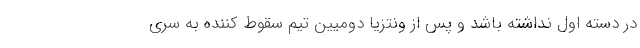
در دسته اول نداشته باشد و پس از ونتزیا دومیین تیم سقوط کننده به سری